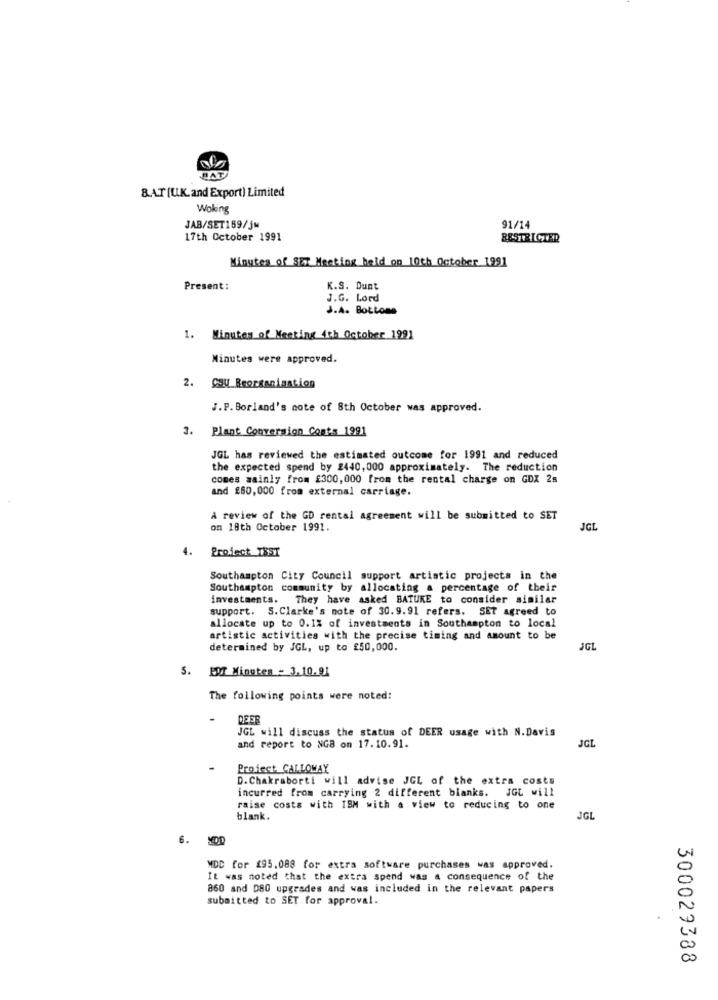
8.AT (U.K. and Export) Limited
Woking
JAB/SET159/5M
91/14
17th October 1991
RESTRICTED
Minutes of SET Meeting held on 10th October 1991
Present:
K.S. Dunt
J.G. Lord
J.A. Bottone
1. Minutes of Meeting With October 1991
Minutes were approved.
2. CSU Reorganisation
J.P. Borland's note of 8th October was approved.
3. Plant Conversion Costs 1991
JGL has reviewed the estimated outcome for 1991 and reduced
the expected spend by 2440, 000 approximately. The reduction
comes mainly from £300,000 from the rental charge on GDX 2s
and 260,000 from external carriage.
A review of the GD rental agreement will be submitted to SET
on 18th October 1991.
JGL
4. Project_TBST
Southampton City Council support artistic projects in the
Southampton community by allocating a percentage of their
investments. They have asked BATUKE to consider similar
support. S.Clarke's note of 30.9.91 refers. SET agreed to
allocate up to 0.1% of investments in Southampton to local
artistic activities with the precise timing and amount to be
determined by JGL, up to £50,000.
JGL
5. EDT Minutes - 3.10.91
The following points were noted:
-
DEER
JGL will discuss the status of DEER usage with N. Davis
JCL
and report to NG8 on 17.10.91.
Project. CALLOWAY
D. Chakraborti will advise JCL of the extra costs
incurred from carrying 2 different blanks. JGL will
raise costs with ISM with a view to reducing to one
blank.
JGL
6. MOD
MDC for 295.088 for extra software purchases was approved.
It was noted that the extra spend was a consequence of the
860 and 080 upgrades and was included in the relevant papers
submitted to SET for approval.
300029388